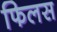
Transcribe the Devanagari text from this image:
फिलस